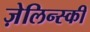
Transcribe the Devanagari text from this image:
ज़ेलिन्स्की